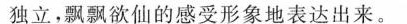
独立，飘飘欲仙的感受形象地表达出来。